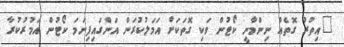
"އިތުރު ގޮތެއް ނިންމާނީ ކޯޓުން ވަކި ގޮތަކަށް އަމަލުކުރަން އަންގައިފިނަމަ ކޯޓުން އަމުރުކުރާ